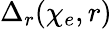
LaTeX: \Delta_{r}(\chi_{e},r)